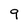
Character: 9